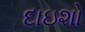
દાઇશો